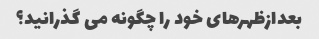
بعدازظهرهای خود را چگونه می گذرانید؟